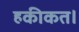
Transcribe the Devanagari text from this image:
हकीकत।